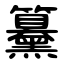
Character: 䵵